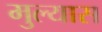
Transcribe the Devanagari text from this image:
मुल्यास